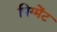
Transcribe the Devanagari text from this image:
पिग्मेंट